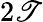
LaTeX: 2\mathscr{T}